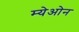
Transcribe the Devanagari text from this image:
म्येओन